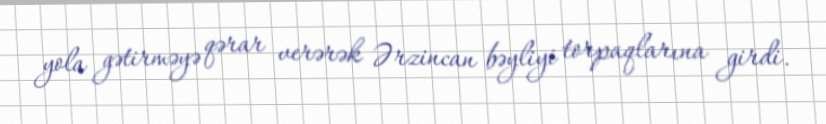
yola gətirməyə qərar verərək Ərzincan bəyliyi torpaqlarına girdi.